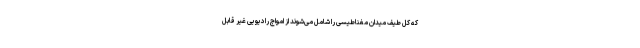
که کل طیف میدان مغناطیسی را شامل می‌شوند از امواج رادیویی غیر قابل